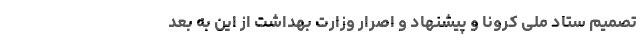
تصمیم ستاد ملی کرونا و پیشنهاد و اصرار وزارت بهداشت از این به بعد